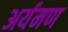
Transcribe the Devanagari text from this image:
अर्यमण